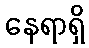
နေရာရှိ